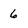
Character: 6